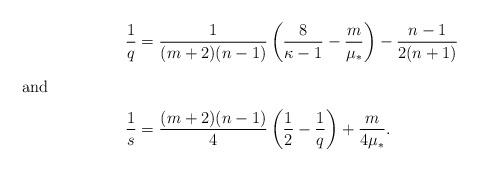
LaTeX: \begin{align*} \frac 1 q&=\frac 1 {(m+2)(n-1)} \left( \frac 8{\kappa-1} - \frac m {\mu_\ast} \right) -\frac {n-1}{2(n+1)} \\ \intertext{and} \frac 1 s&= \frac{(m+2)(n-1)}4 \left( \frac 1 2 -\frac 1 q\right) +\frac m {4 \mu_\ast}.\end{align*}